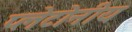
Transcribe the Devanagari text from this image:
प्लेटोनीय